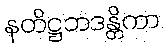
နတိဋ္ဌဘဒန္တိကာ